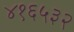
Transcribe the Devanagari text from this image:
४१६५३२